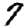
Digit: 7